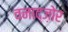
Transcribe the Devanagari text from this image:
वनाद्ज़ोर